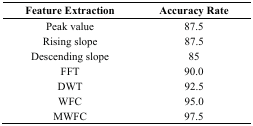
| Feature Extraction | Accuracy Rate |
 | --- | --- |
 | Peak value | 87.5 |
 | Rising slope | 87.5 |
 | Descending slope | 85 |
 | FFT | 90.0 |
 | DWT | 92.5 |
 | WFC | 95.0 |
 | MWFC | 97.5 |